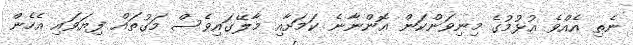
ނެތި އެއްވެ އުޅުމުގެ މިނިވަންކަން އޮންނާނެ ކަމަށާއި މާލޭގައިވެސް މަގުތައް ފިޔަވައި އެހެން